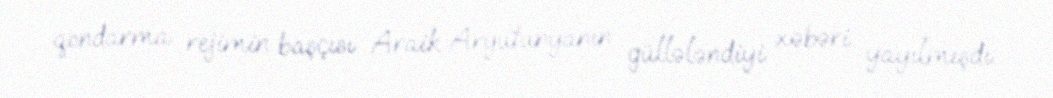
qondarma rejimin başçısı Araik Aryutunyanın güllələndiyi xəbəri yayılmışdı.